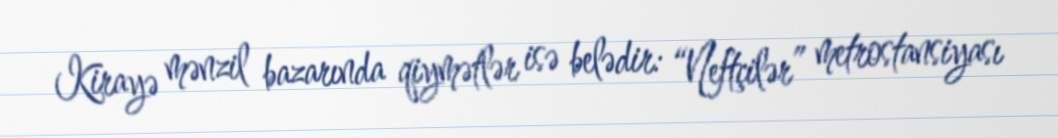
Kirayə mənzil bazarında qiymətlər isə belədir: “Neftçilər” metrostansiyası